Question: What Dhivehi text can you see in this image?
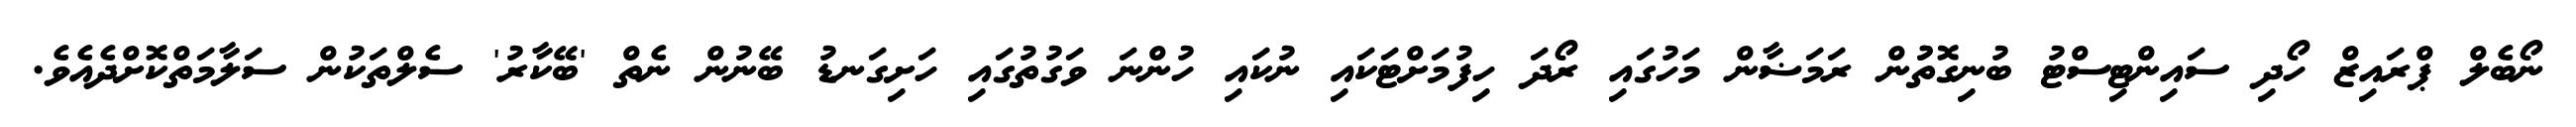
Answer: ނޯބެލް ޕްރައިޒް ހޯދި ސައިންޓިސްޓު ބުނިގޮތުުން ރަމަޟާން މަހުގައި ރޯދަ ހިފުމަށްޓަކައި ނުކައި ހުންނަ ވަގުތުގައި ހަށިގަނޑު ބޭނުން ނެތް 'ބޭކާރު' ސެލްތަކުން ސަލާމަތްކޮށްދެއެވެ.